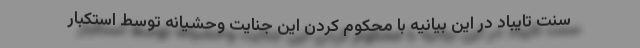
سنت تایباد در این بیانیه با محکوم کردن این جنایت وحشیانه توسط استکبار